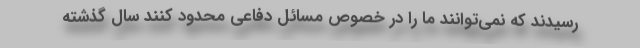
رسیدند که نمی‌توانند ما را در خصوص مسائل دفاعی محدود کنند سال گذشته